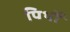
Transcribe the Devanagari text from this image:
पिथों